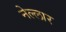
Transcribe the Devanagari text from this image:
नेल्‍लार